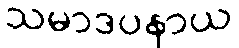
သမာဒပနာယ